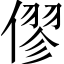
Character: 僇